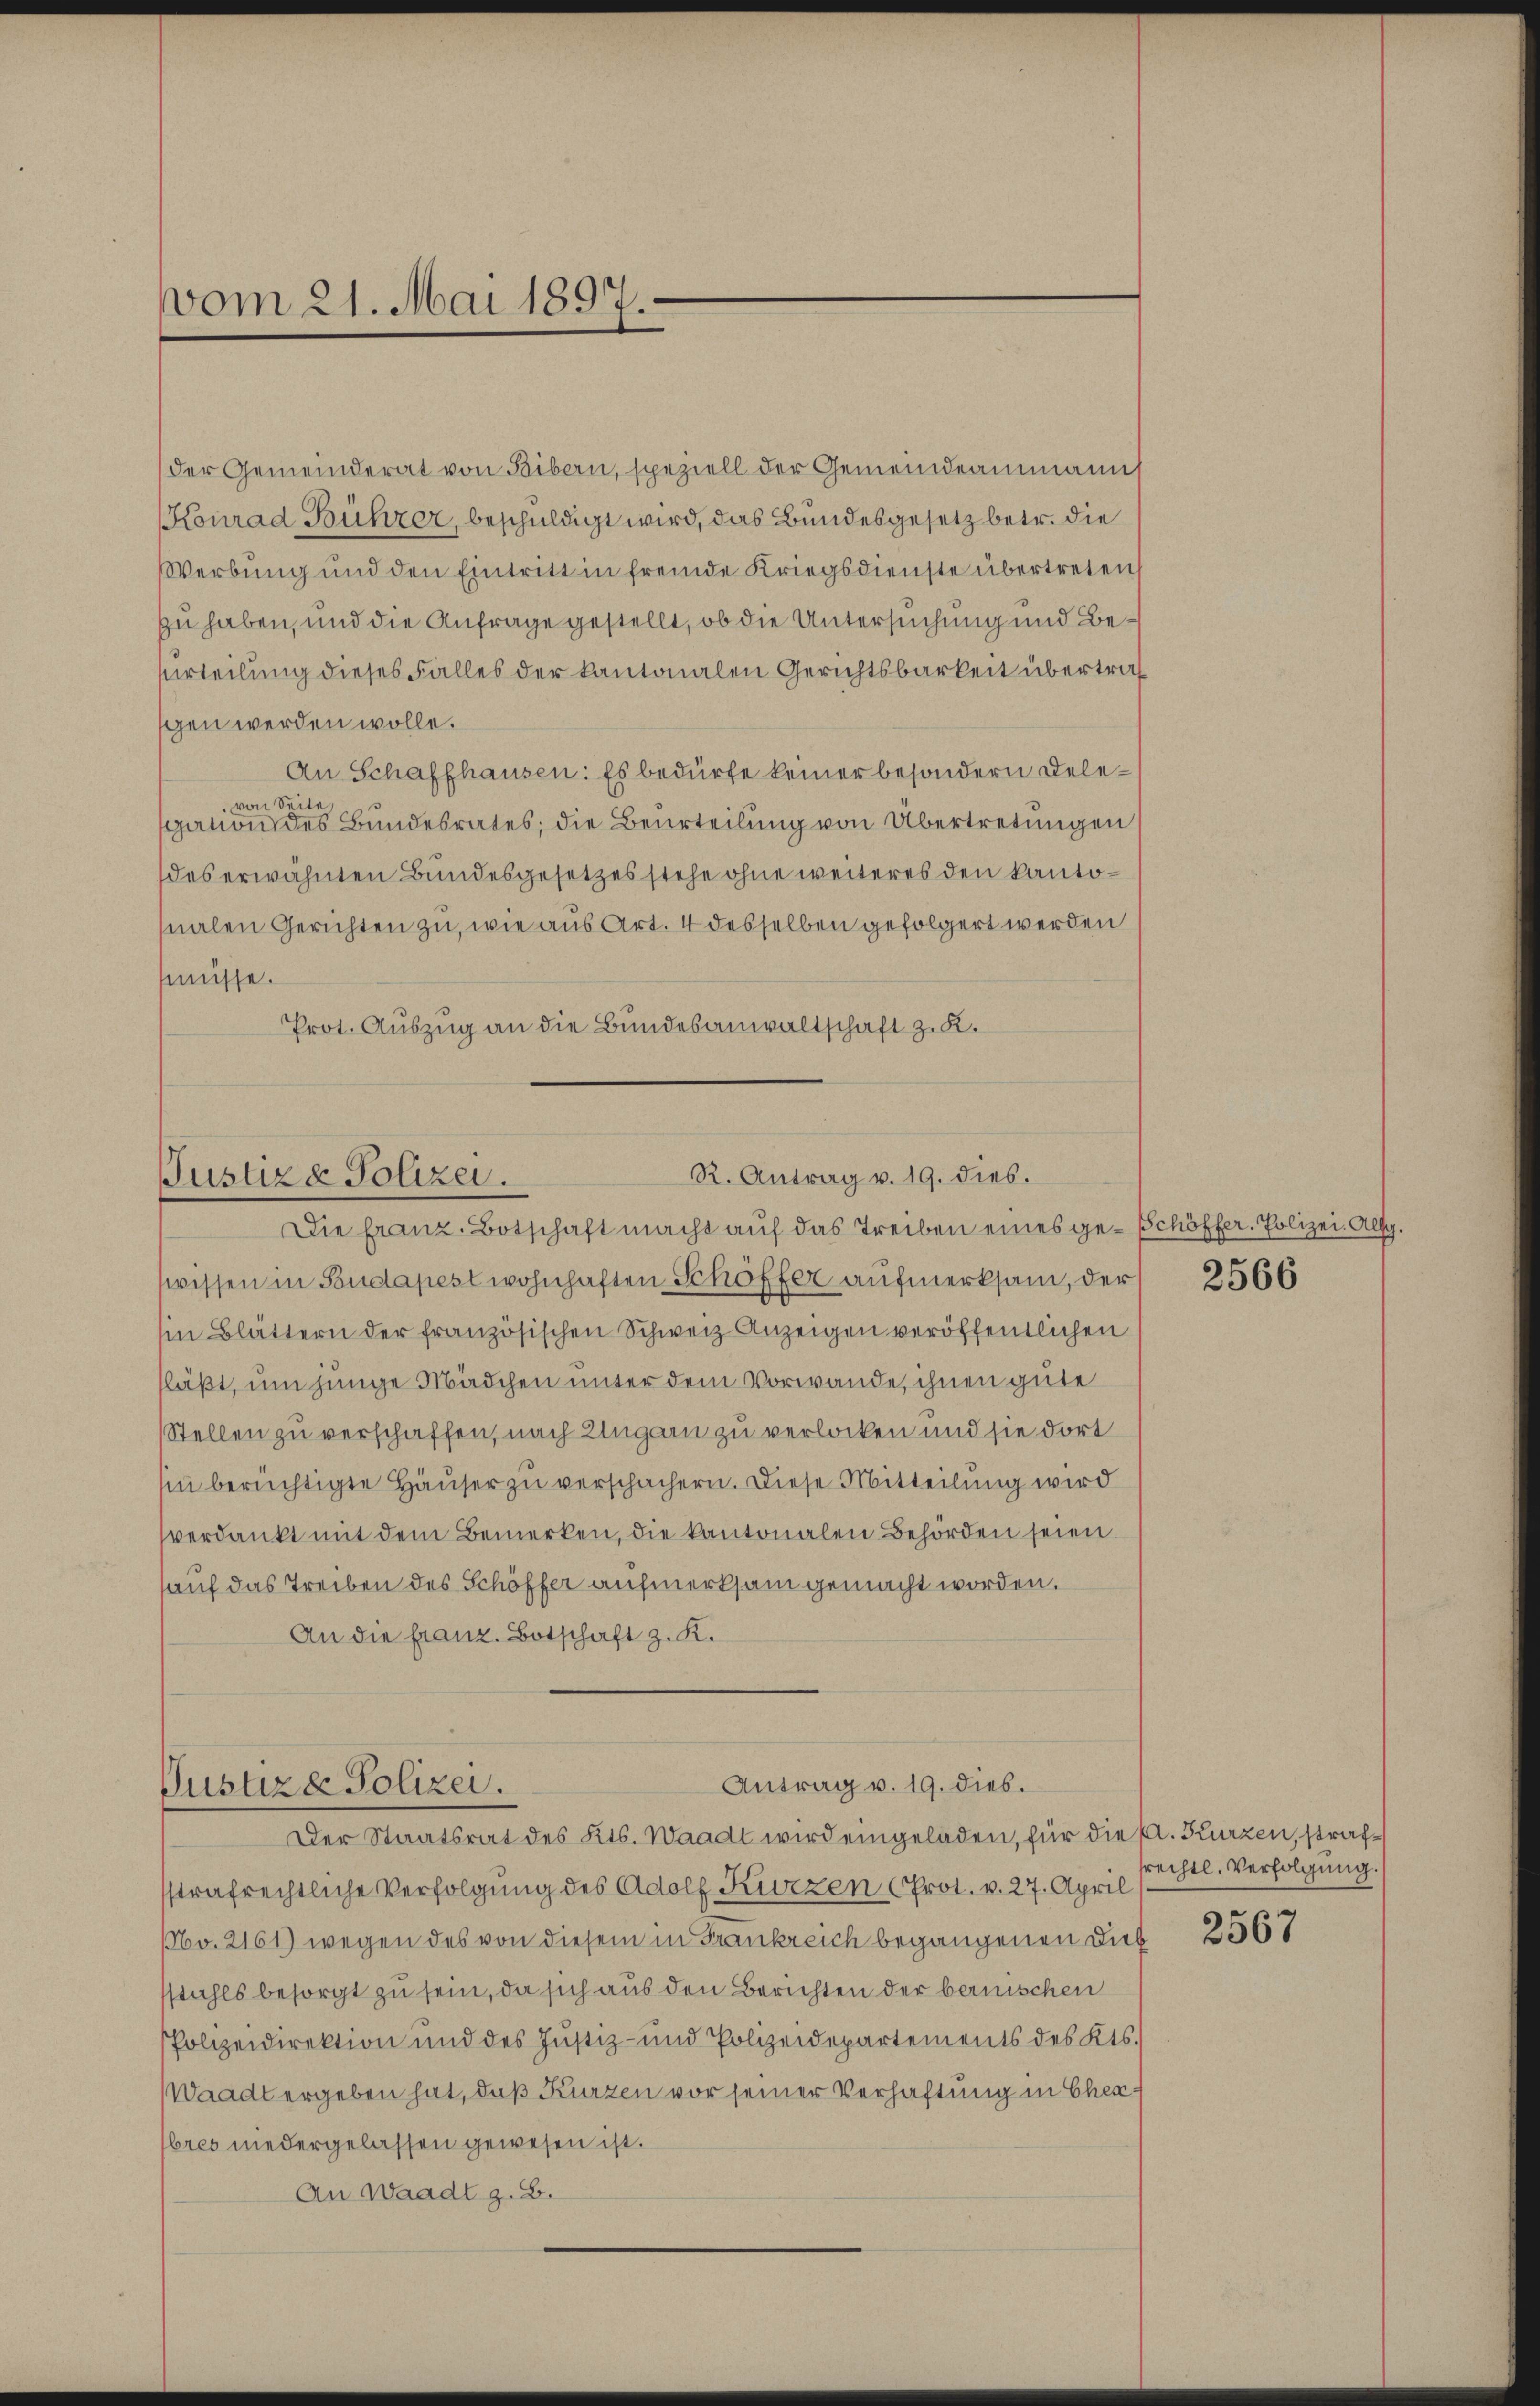
vom 21. Mai 1897.

der Gemeinderat von Bibern, speziell der Gemeindeammann
Konrad Bühzer, beschuldigt wird, das Bundesgesetz betr. die
Werbung und den Eintritt in fremde Kriegsdienste übertreten
zu haben, und die Anfrage gestellt, ob die Untersuchung und Be¬
Urteilung dieses Falles der kantonalen Gerichtsbarkeit übertrag
gen werden wolle.
An Schaffhausen: Es bedürfe keiner besondern Delevon Seite
sgation des Bundesrates; die Beurteilung von Übertretungen
des erwähnten Bundesgesetzes stehe ohne weiteres den kantonalen Gerichten zu, wie aus Art. 4 desselben gefolgert werden
müsse.
Prot. Auszug an die Bundesanwaltschaft z. K.

R. Antrag v. 19. dies.
Justiz- Polizei.

Die franz. Botschaft macht auf das Treiben eines ge- Schöffer. Polizei. Allg.
wissen in Budapest wohnhaften Schöffer aufmerksam, der
In Blättern der französischen Schweiz Anzeigen veröffentlichen
fläßt, um junge Mädchen unter dem Vorwande, ihnen gute
Stellen zu verschaffen, nach Ungarn zu verlocken und sie dort
sin berüchtigte Häuser zu verschächern. Diese Mitteilung wird
verdankt mit dem Bemerken, die kantonalen Behörden seien
auf das Treiben des Schöffer aufmerksam gemacht worden.
An die franz. Botschaft z. K.

Antrag v. 19. dies.
Justiz & Polizei.

Der Staatsrat des Kts. Waadt wird eingeladen, für die A. Kurzen, strafstrafrechtliche Verfolgung des Adolf Kurzen (Prot. v. 27. April
160. 2161) wegen des von diesem in Frankreich begangenen Diebsstahls besorgt zu sein, da sich aus den Berichten der bernischen
Polizeidirektion und des Justiz- und Polizeidepartements des Kts.
Waadt ergeben hat, daß Kurzen vor seiner Verhaftung in Cherbres niedergelassen gewesen ist.
An Waadt z. B.

2566

rechtl. Verfolgung.

2567